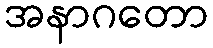
အနာဂတော